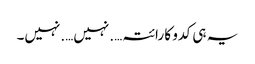
یہ ہی کدو کا رائتہ….نہیں….نہیں۔